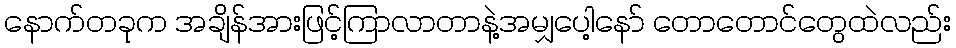
နောက်တခုက အချိန်အားဖြင့်ကြာလာတာနဲ့အမျှပေါ့နော် တောတောင်တွေထဲလည်း